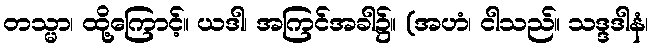
တသ္မာ၊ ထို့ကြောင့်။ ယဒါ၊ အကြင်အခါ၌။ (အဟံ၊ ငါသည်။ သဒ္ဒဒါနံ၊